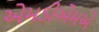
એમડીએમએ